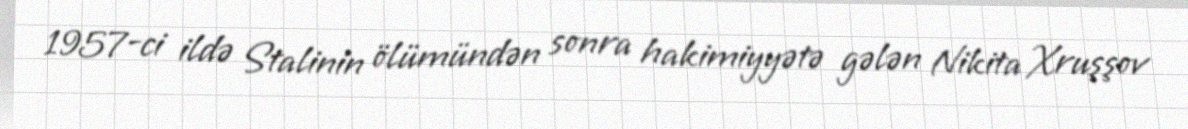
1957-ci ildə Stalinin ölümündən sonra hakimiyyətə gələn Nikita Xruşşov